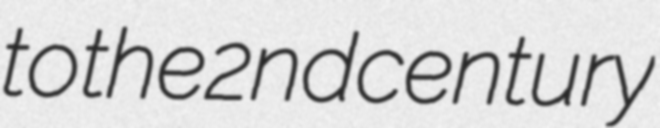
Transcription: to the 2nd century